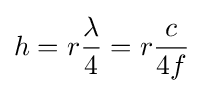
h=r{\lambda  \over 4}=r{c \over 4f}